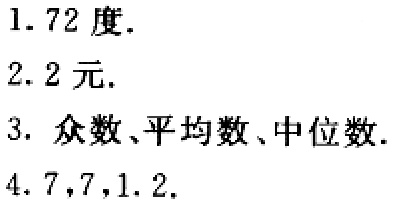
1. 72度.

2. 2元.

3. 众数、平均数、中位数.

4. 7,7,1.2.